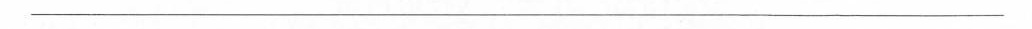
______